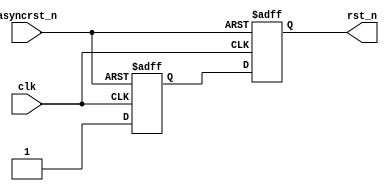
module async_resetFFstyle2 (rst_n, clk, asyncrst_n);
output rst_n;
input clk, asyncrst_n;
reg rst_n, rff1;
always @(posedge clk or negedge asyncrst_n)
if (!asyncrst_n) {rst_n,rff1} <= 2'b0;
else {rst_n,rff1} <= {rff1,1'b1};
endmodule